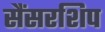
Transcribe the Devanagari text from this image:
सैंसरशिप